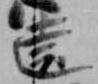
遠